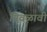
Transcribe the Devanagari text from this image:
निवळावी